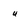
Character: 4